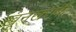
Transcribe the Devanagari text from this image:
खूनखराबी